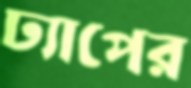
ঢ্যাপের